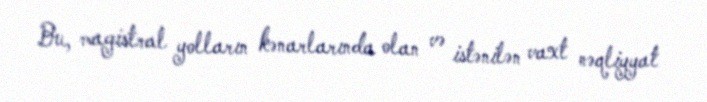
Bu, magistral yolların kənarlarında olan və istənilən vaxt nəqliyyat